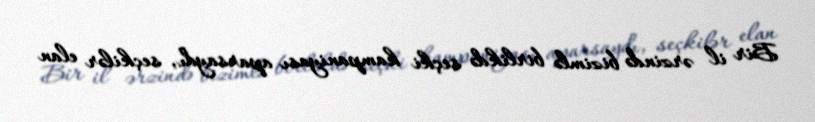
Bir il ərzində bizimlə birlikdə seçki kampaniyası aparsaydı, seçkilər elan